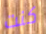
كنت